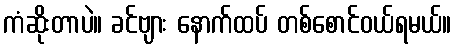
ကံဆိုးတာပဲ။ ခင်ဗျား နောက်ထပ် တစ်စောင်ဝယ်ရမယ်။